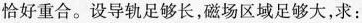
恰好重合。设导轨足够长，磁场区域足够大，求：